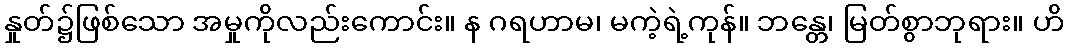
နှုတ်၌ဖြစ်သော အမှုကိုလည်းကောင်း။ န ဂရဟာမ၊ မကဲ့ရဲ့ကုန်။ ဘန္တေ၊ မြတ်စွာဘုရား။ ဟိ